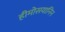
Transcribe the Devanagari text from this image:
हीमोसयानिन